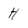
Character: H